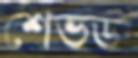
শেভ্ড